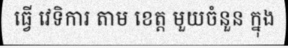
ធ្វើ វេទិការ តាម ខេត្ត មួយចំនួន ក្នុង